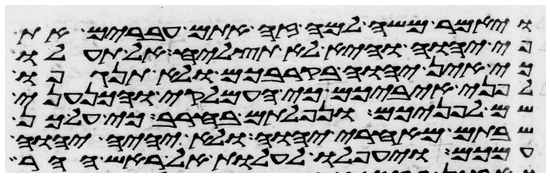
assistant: ויאמר משה למה זה אתם עברים את
פי יהוה והיא לא תצליח אל תעלו
כי אין יהוה בקרבכם ולא תנגפו
לפני איביכם כי העמלקי והכנעני
שם לפניכם ונפלתם בחרב כי על כן
שבתם מאחרי יהוה ולא יהיה יהוה
עמכם ויעפלו לעלות אל ראש ההר